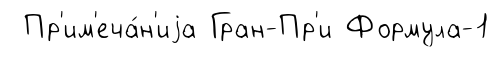
Пр'им'еча́н'иjа Гран-Пр'и Формула-1